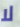
لا